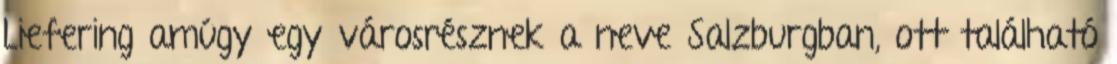
Liefering amúgy egy városrésznek a neve Salzburgban, ott található